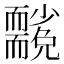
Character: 𮋢